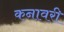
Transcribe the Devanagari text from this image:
कनावरी